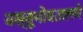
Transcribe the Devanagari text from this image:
वस्तूभोवतालचे